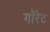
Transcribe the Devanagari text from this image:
गॉरेट